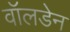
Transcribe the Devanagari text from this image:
वॉलडेन